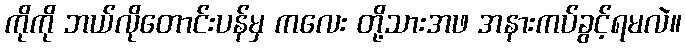
ကိုကို ဘယ်လိုတောင်းပန်မှ ကလေး တို့သားအဖ အနားကပ်ခွင့်ရမလဲ။